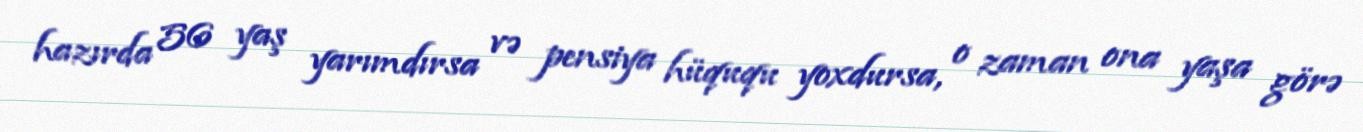
hazırda 56 yaş yarımdırsa və pensiya hüququ yoxdursa, o zaman ona yaşa görə